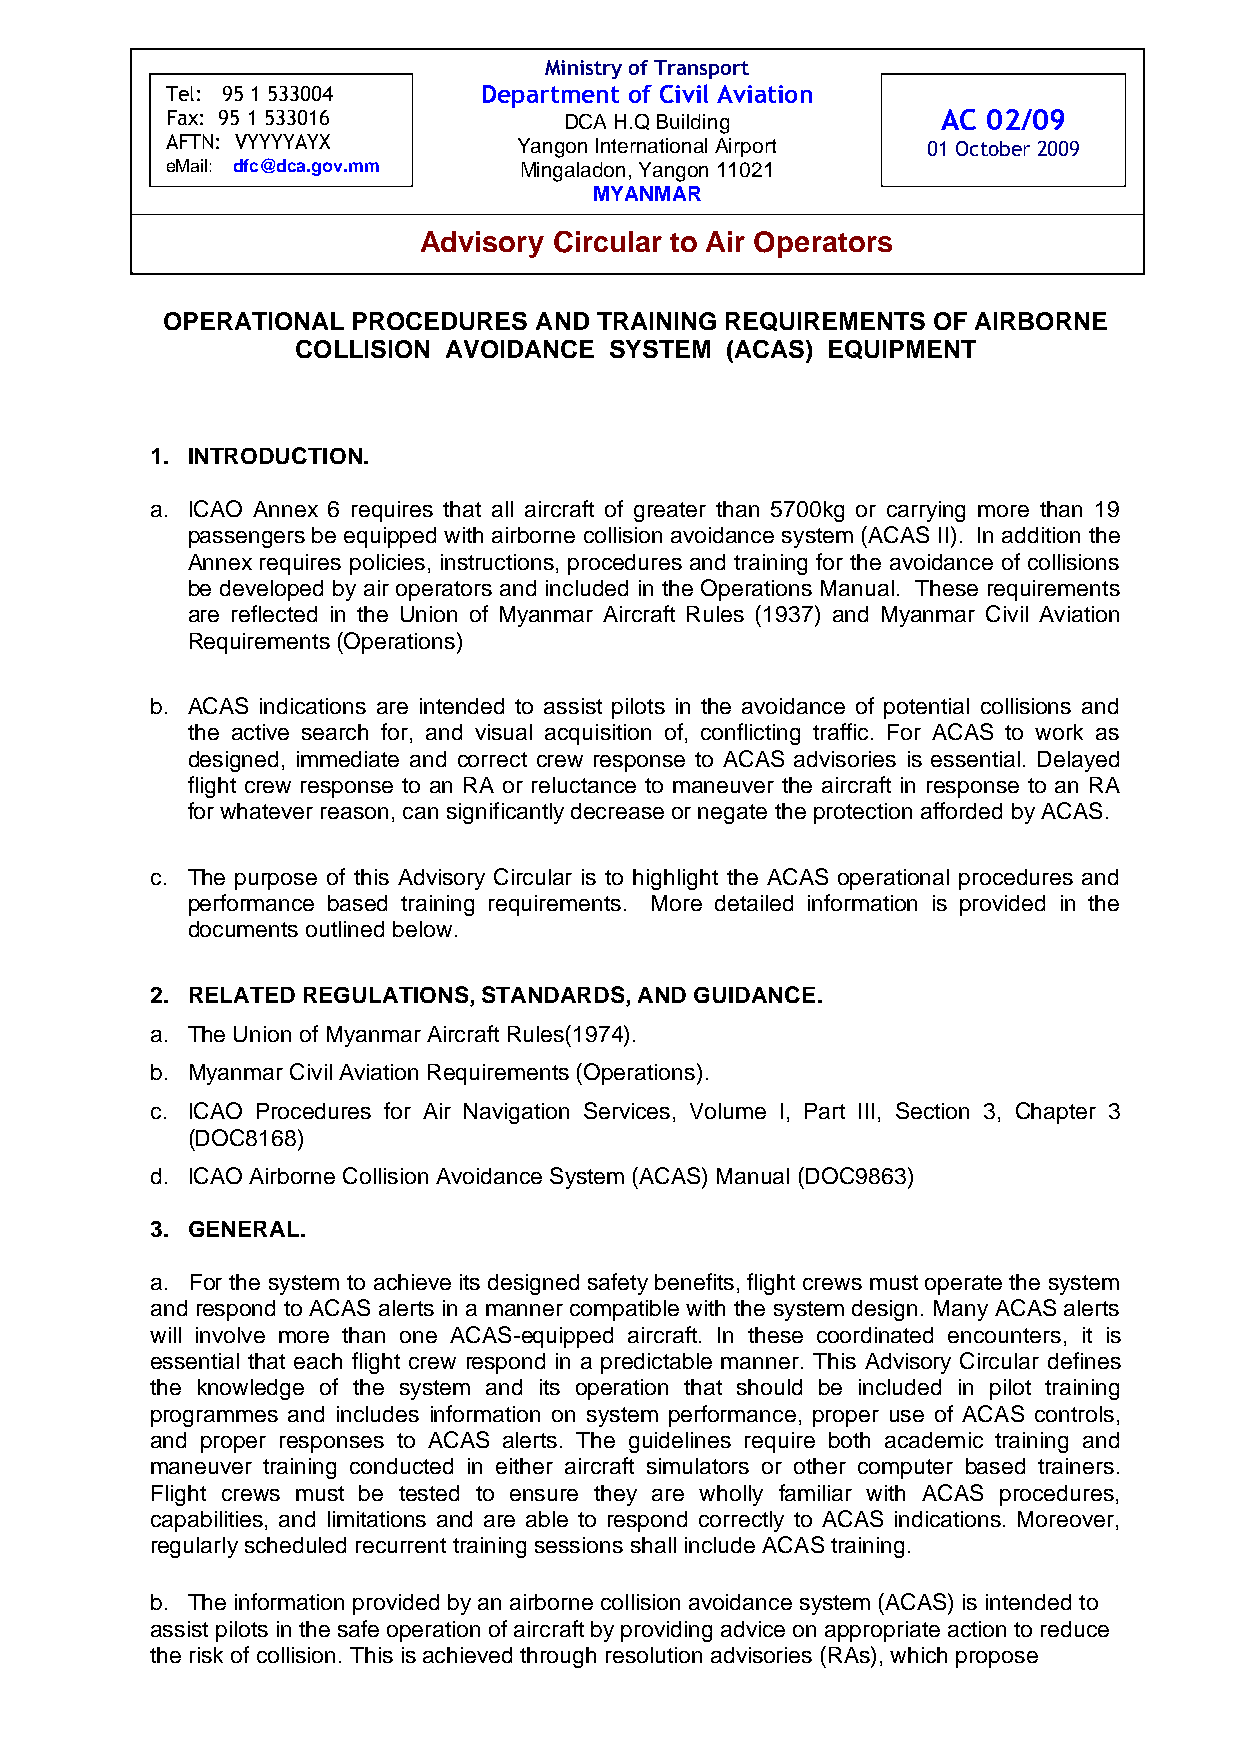
Ministry of Transport
 Tel: 95 1 533004     Department of Civil Aviation Advisory Circ ular AC 02/09
 Fax: 95 1 533016          DCA H.Q B u i ld in g    AC 02/09
 AFTN: VYYYYAYX         Yangon Inter national Airport 01 October 2009
 eMail: dfc@dca.gov.mm  Mingaladon, Yangon 11021
 MYANMAR
 Advisory Circular to Air Operators
 OPERATIONAL PROCEDURES  AND TRAINING REQUIREMENTS  OF AIRBORNE
 COLLISION AVOIDANCE SYSTEM  (ACAS) EQUIPMENT
 1. INTRODUCTION.
 a. ICAO Annex 6 requires that all aircraft of greater than 5700kg or carrying more than 19
 passengers be equipped with airborne collision avoidance system (ACAS II). In addition the
 Annex requires policies, instructions, procedures and training for the avoidance of collisions
 be developed by air operators and included in the Operations Manual. These requirements
 are reflected in the Union of Myanmar Aircraft Rules (1937) and Myanmar Civil Aviation
 Requirements (Operations)
 b. ACAS indications are intended to assist pilots in the avoidance of potential collisions and
 the active search for, and visual acquisition of, conflicting traffic. For ACAS to work as
 designed, immediate and correct crew response to ACAS advisories is essential. Delayed
 flight crew response to an RA or reluctance to maneuver the aircraft in response to an RA
 for whatever reason, can significantly decrease or negate the protection afforded by ACAS.
 c. The purpose of this Advisory Circular is to highlight the ACAS operational procedures and
 performance based training requirements. More detailed information is provided in the
 documents outlined below.
 2. RELATED REGULATIONS, STANDARDS, AND GUIDANCE.
 a. The Union of Myanmar Aircraft Rules(1974).
 b. Myanmar Civil Aviation Requirements (Operations).
 c. ICAO Procedures for Air Navigation Services, Volume I, Part III, Section 3, Chapter 3
 (DOC8168)
 d. ICAO Airborne Collision Avoidance System (ACAS) Manual (DOC9863)
 3. GENERAL.
 a. For the system to achieve its designed safety benefits, flight crews must operate the system
 and respond to ACAS alerts in a manner compatible with the system design. Many ACAS alerts
 will involve more than one ACAS-equipped aircraft. In these coordinated encounters, it is
 essential that each flight crew respond in a predictable manner. This Advisory Circular defines
 the knowledge of the system and its operation that should be included in pilot training
 programmes and includes information on system performance, proper use of ACAS controls,
 and proper responses to ACAS alerts. The guidelines require both academic training and
 maneuver training conducted in either aircraft simulators or other computer based trainers.
 Flight crews must be tested to ensure they are wholly familiar with ACAS procedures,
 capabilities, and limitations and are able to respond correctly to ACAS indications. Moreover,
 regularly scheduled recurrent training sessions shall include ACAS training.
 b. The information provided by an airborne collision avoidance system (ACAS) is intended to
 assist pilots in the safe operation of aircraft by providing advice on appropriate action to reduce
 the risk of collision. This is achieved through resolution advisories (RAs), which propose